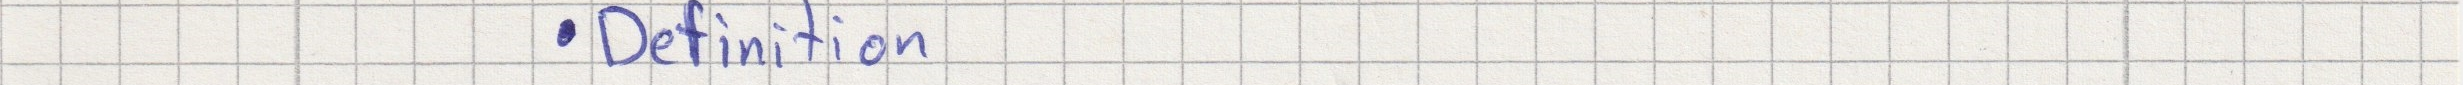
- Definition